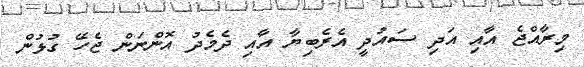
މިރާއްޖެ އާއި އަދި ސައުދީ އެރެބިޔާ އާއި ދެމެދު އޮންނަން ޖެހޭ ގުޅުން